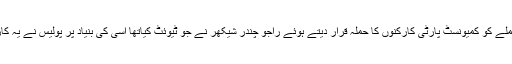
آر ایس ایس کے اس حملے کو کمیونسٹ پارٹی کارکنوں کا حملہ قرار دیتے ہوئے راجو چندر شیکھر نے جو ٹیوئٹ کیاتھا اسی کی بنیاد پر پولیس نے یہ کارروائی شروع کی ہے۔